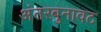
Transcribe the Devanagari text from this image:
अंतरबुनावट